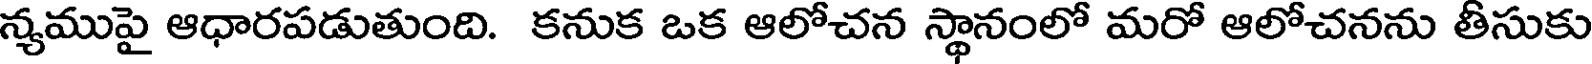
న్యముపై ఆధారపడుతుంది. కనుక ఒక ఆలోచన స్థానంలో మరో ఆలోచనను తీసుకు